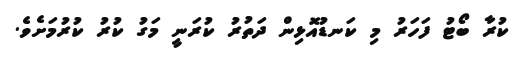
ކުރާ ބޯޓު ފަހަރު މި ކަނޑުއޮޅިން ދަތުރު ކުރަނީ މަގު ކުރު ކުރުމަށެވެ.